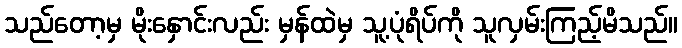
သည်တော့မှ မိုးနှောင်းလည်း မှန်ထဲမှ သူ့ပုံရိပ်ကို သူလှမ်းကြည့်မိသည်။